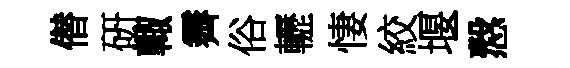
僣硏輙霽俗轣悽絞堰慤